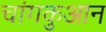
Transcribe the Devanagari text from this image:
चांगकुआन